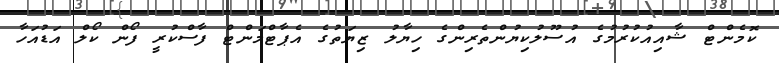
ކޮމެންޓް ޝާއިއުކުރުމުގެ އުސޫލުކިޔުންތެރިންގެ ހިޔާލު ޒިޔަތުގެ އެޕާޓްމަންޓް ފާސްކުރީ ފޯން ކޯލް އަޑުއަހާ